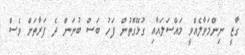
ގާޒީ ނިންމަވާލެއްވީ މައްސަލައާއި ގުޅޭގޮތުން ފަހު ބަސް ބުނަން ދެ ފަރާތަށް ވެސް